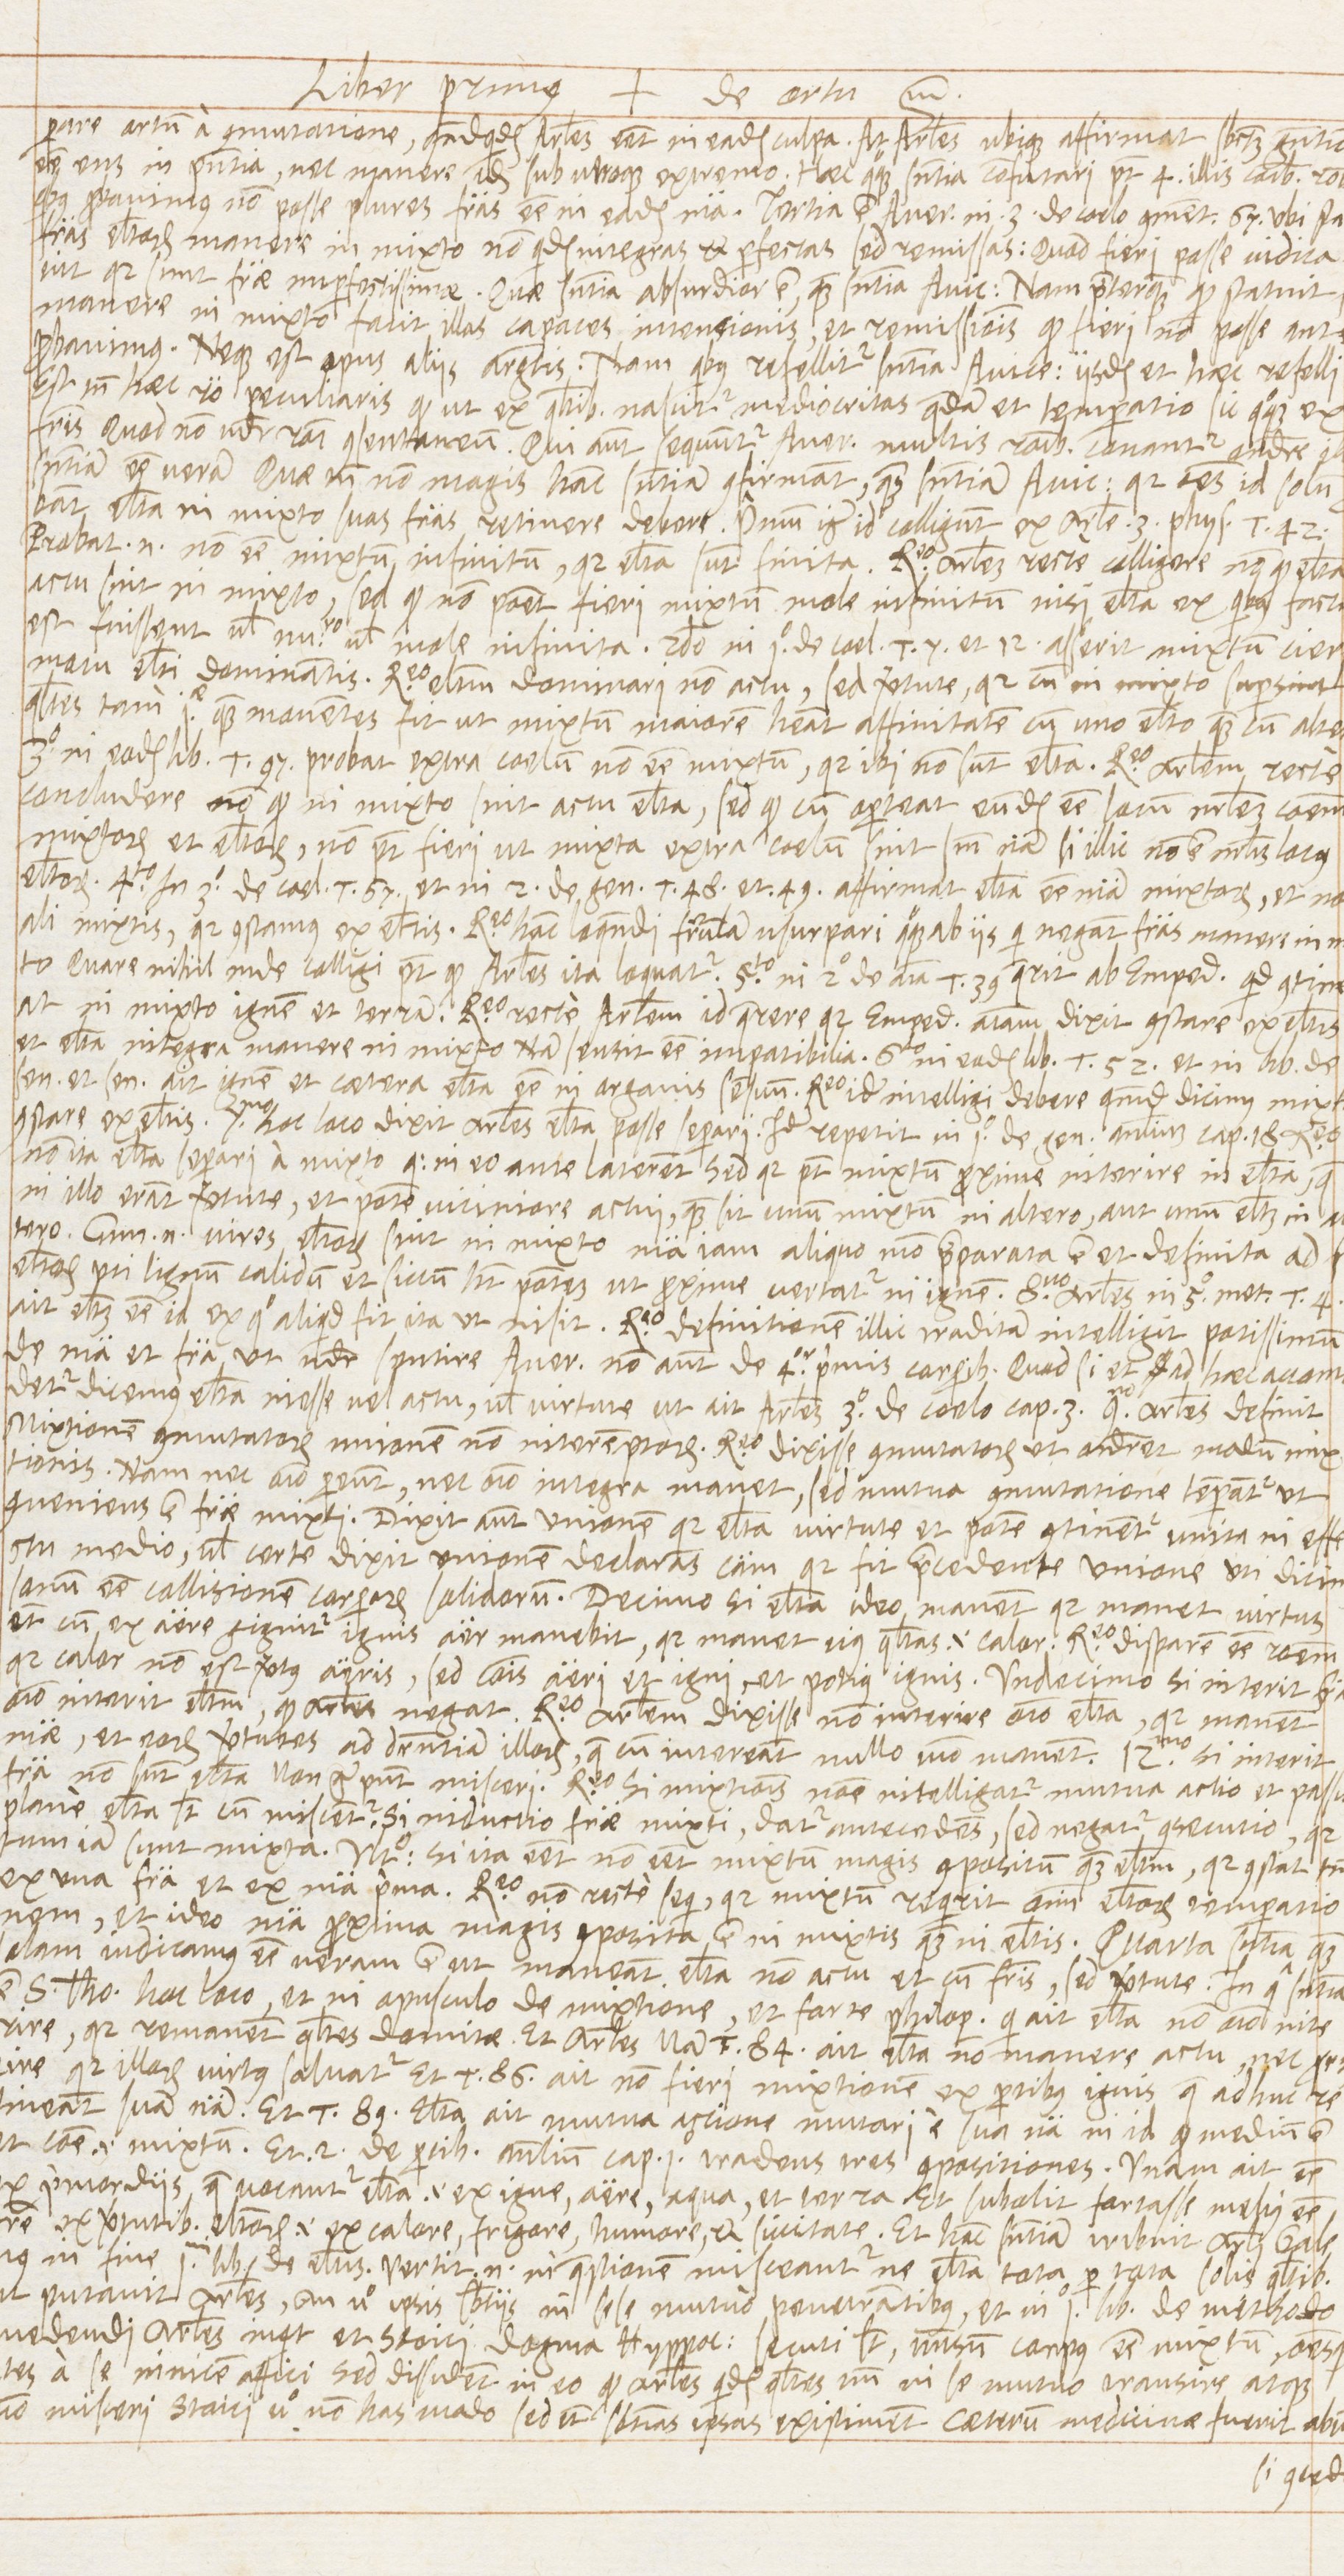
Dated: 1568–1569